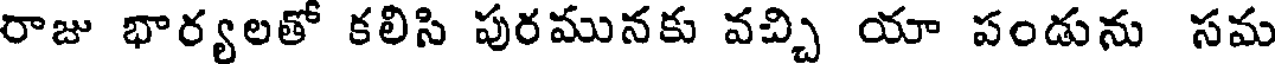
రాజు భార్యలతో కలిసి పురమునకు వచ్చి యా పండును సమ